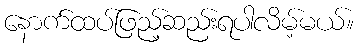
နောက်ထပ်ဖြည့်ဆည်းရပါလိမ့်မယ်။